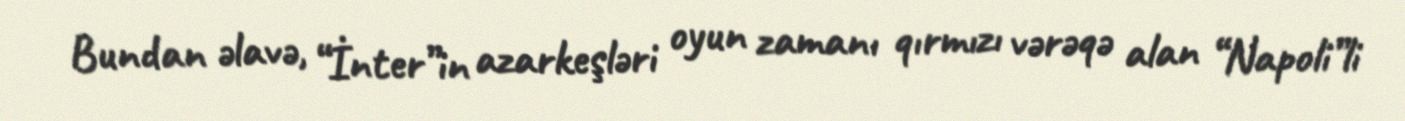
Bundan əlavə, “İnter”in azarkeşləri oyun zamanı qırmızı vərəqə alan “Napoli”li